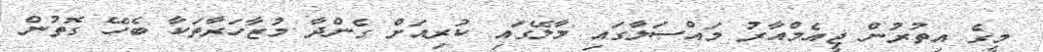
މީގެ އިތުރުން ޖީއެމްއާރު މައްސަލާގައި މާލޭގައި ކުރިއަށް ގެންދާ މުޒާހަރާތަކާ ބެހޭ ގޮތުން